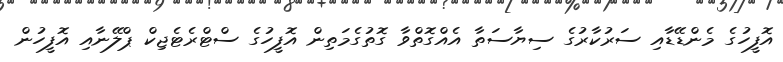
އޮފީހުގެ މެންޑޭޑާއި ސަރުކާރުގެ ސިޔާސަތާ އެއްގޮތްވާ ގޮތުގެމަތިން އޮފީހުގެ ސްޓްރެޓެޖިކް ޕްލޭނާއި އޮފީހުން